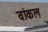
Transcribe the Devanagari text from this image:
वांकल